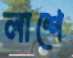
লাশে